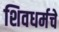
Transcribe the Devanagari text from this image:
शिवधर्मचे